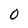
Character: 0